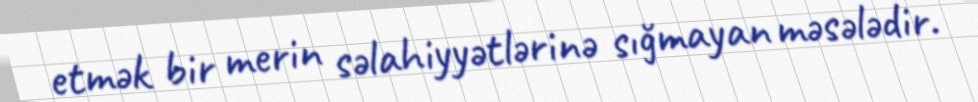
etmək bir merin səlahiyyətlərinə sığmayan məsələdir.